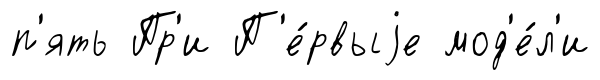
п'ять Пр'и П'е́рвыjе мод'е́л'и